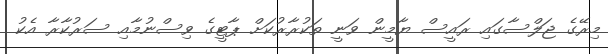
މިރޭގެ ޖަލްސާގައި ރައީސް ޔާމީން ވަނީ ތަކުރާރުކަށް ޕާޓީގެ ވިސްނުމާއި ސަރުކާރާ އެކު